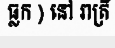
ធ្លក ) នៅ រាត្រី